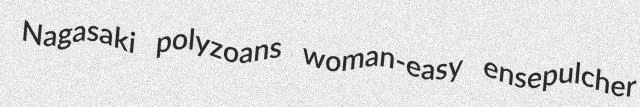
Nagasaki polyzoans woman-easy ensepulcher